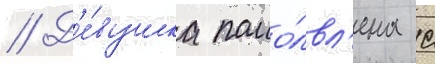
// Д'е́вушка помо́лвл'ена с